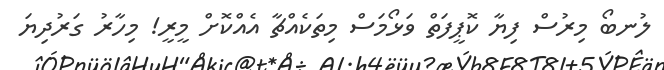
ލުނބޯ މިރުސް ފިޔާ ކޮޕީފަތް ވަޅޯމަސް މިތަކެއްޗާ އެއްކޮށް މީރީ! މިހާރު ގަރުދިޔަ